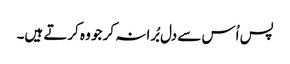
پس اُس سے دل بُرا نہ کر جو وہ کرتے ہیں۔